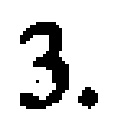
$3.$